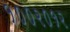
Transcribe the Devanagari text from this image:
१००२०१२